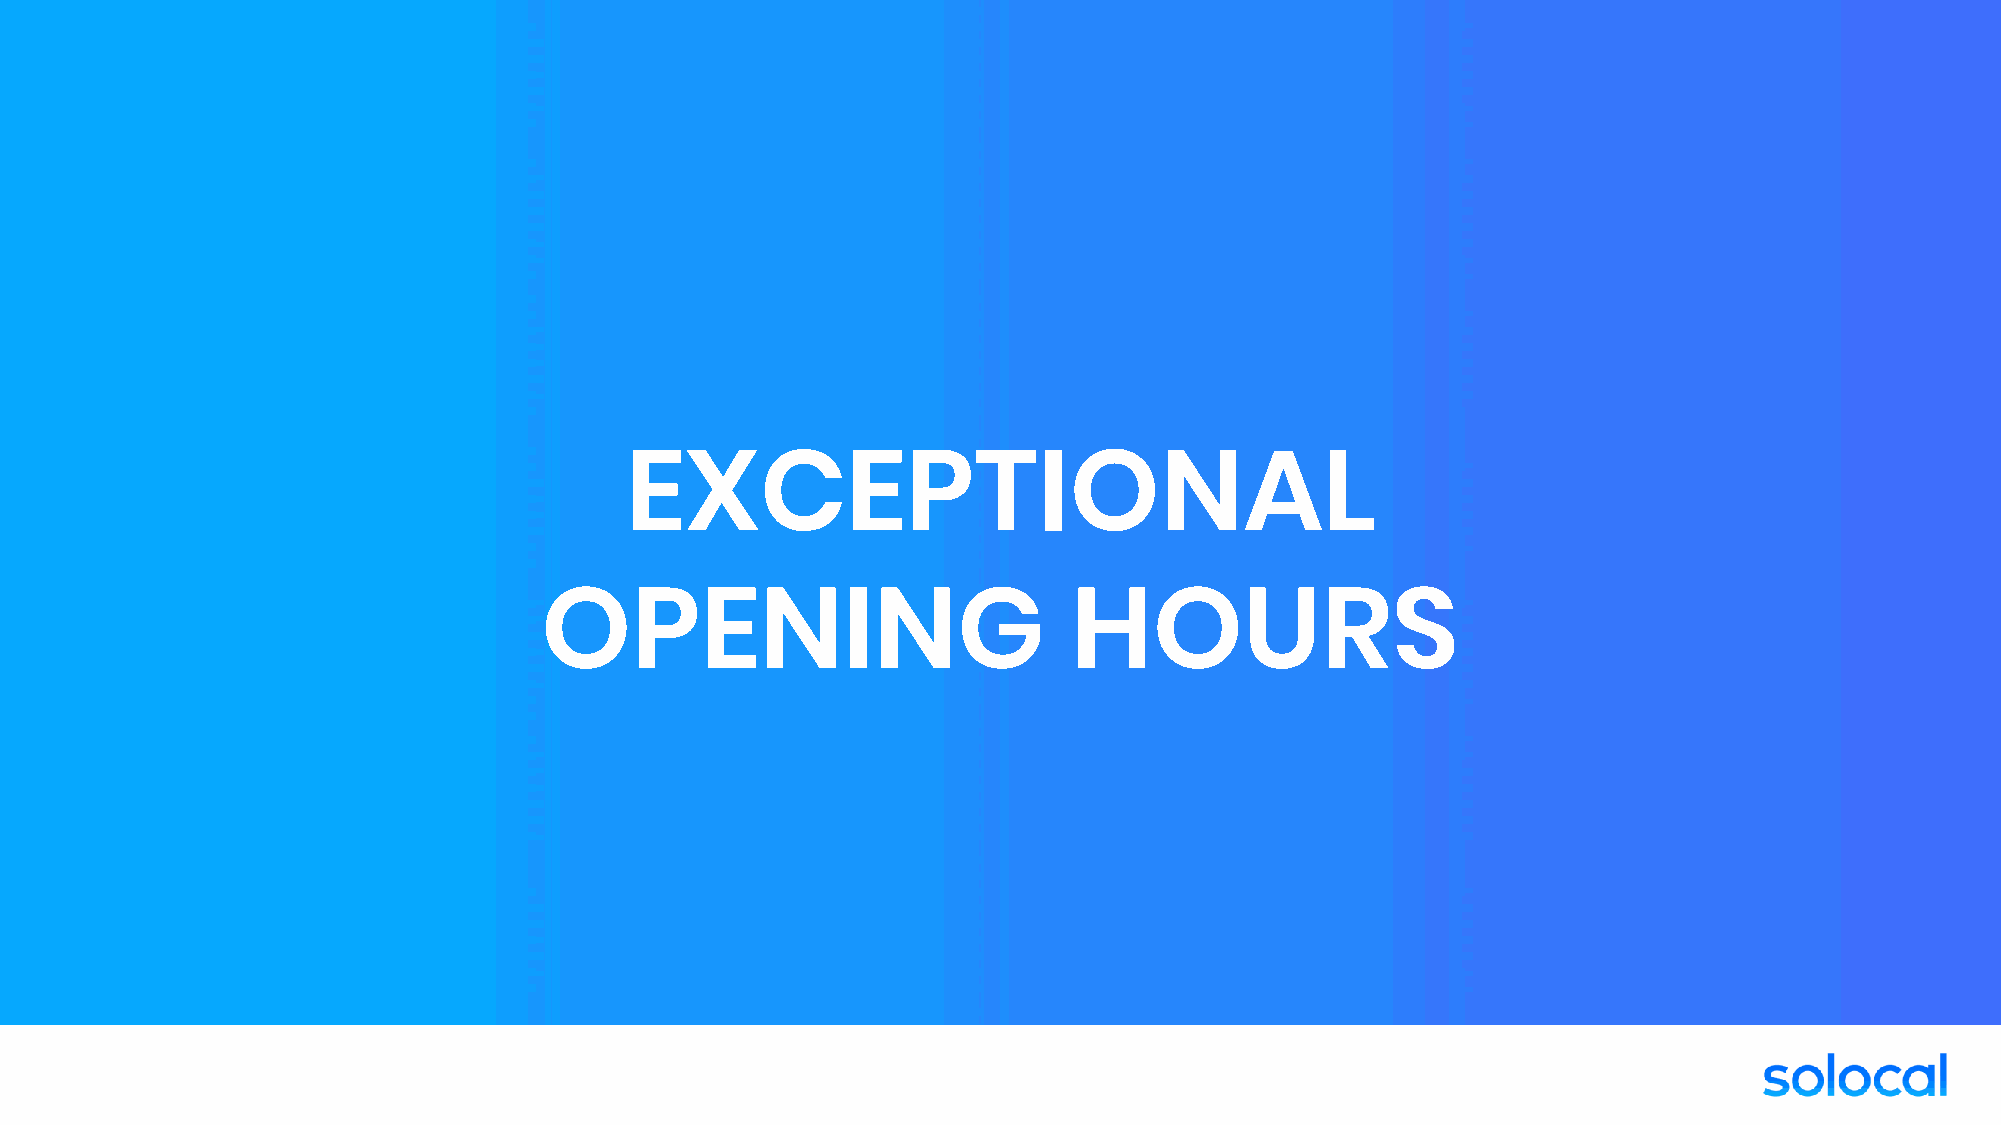
EXCEPTIONAL
 OPENING                            HOURS